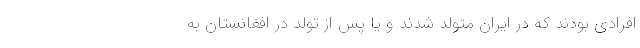
افرادی بودند که در ایران متولد شدند و یا پس از تولد در افغانستان به